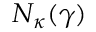
N _ { \kappa } ( \gamma )